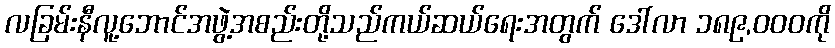
လခြမ်းနီလူ့ဘောင်အဖွဲ့အစည်းတို့သည်ကယ်ဆယ်ရေးအတွက် ဒေါ်လာ ၁၈၉,၀၀၀ကို